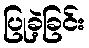
ပြုခဲ့ခြင်း